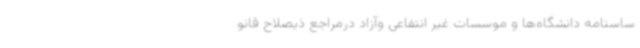
ساسنامه دانشگاه‌ها و موسسات غیر انتفاعی وآزاد درمراجع ذیصلاح قانو